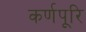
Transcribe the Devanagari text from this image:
कर्णपूरि